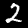
Digit: 2